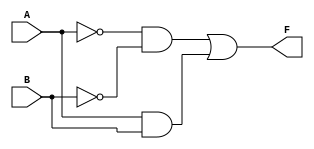
module two_variable_kmap (
    input wire A,     // First input variable
    input wire B,     // Second input variable
    output wire F     // Output function
);

// Define the K-map logic using a combinational assignment
assign F = (~A & ~B) | (A & B); // Example: F = A'B' + AB

endmodule